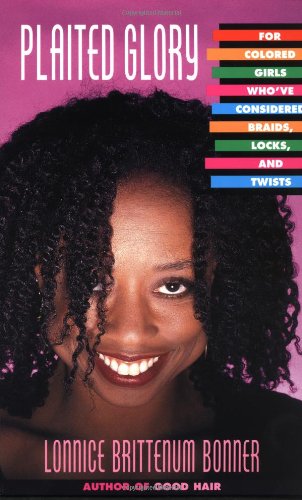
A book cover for Plaited Glory: For Colored Girls Who've Considered Braids, Locks, and Twists; Lonnice Brittenum Bonner; Health, Fitness & Dieting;